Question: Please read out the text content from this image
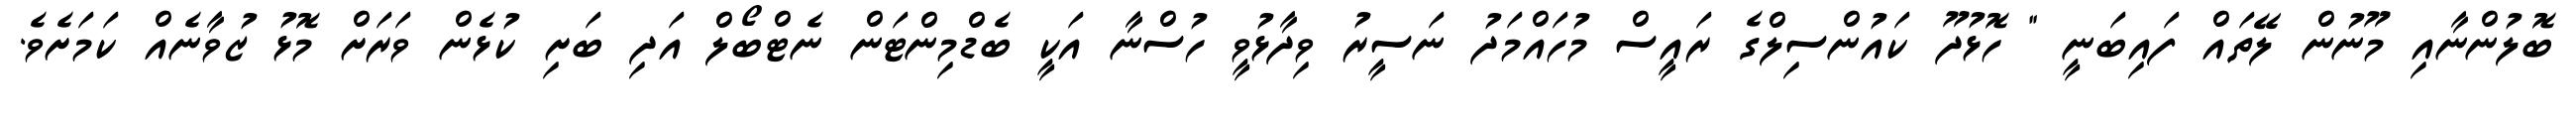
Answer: ބޮލުންނާއި މޫނުން ލޭތައް ފައިބަނީ " ހޮޅުދޫ ކައުންސިލްގެ ރައީސް މުހައްމަދު ނަސީރު ވިދާޅުވީ ހުސްނާ އަކީ ބެޑްމިންޓަން ނެޓްބޯލް އަދި ބަށި ކުޅެން ވަރަށް މޮޅު ޒުވާނެއް ކަމަށެވެ.